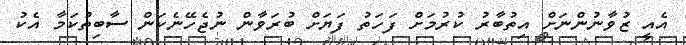
އެއީ ޒުވާނުންނަށް އިތުބާރު ކުރުމަށް ފަހަތު ފަޔަށް ބުރަވާން ނުޖެހޭނެކަން ސާބިތުކަމާ އެކު